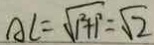
A C = \sqrt { 1 ^ { 2 } + 1 ^ { 2 } } = \sqrt { 2 }